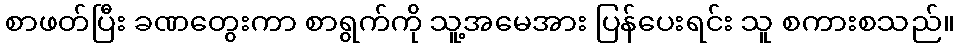
စာဖတ်ပြီး ခဏတွေးကာ စာရွက်ကို သူ့အမေအား ပြန်ပေးရင်း သူ စကားစသည်။